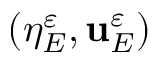
( \eta _ { E } ^ { \varepsilon } , \mathbf { u } _ { E } ^ { \varepsilon } )